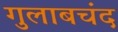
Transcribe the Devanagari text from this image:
गुलाबचंद